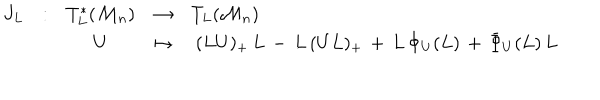
\begin{array} { l l c c l } { { J _ { L } } } & { { : } } & { { T _ { L } ^ { * } ( { \cal M } _ { n } ) } } & { { \rightarrow } } & { { T _ { L } ( { \cal M } _ { n } ) } } \\ { { } } & { { } } & { { U } } & { { \mapsto } } & { { \ ( L U ) _ { + } \, L \, - \, L \, ( U L ) _ { + } \, + \, L \, \Phi _ { U } ( L ) \, + \, \bar { \Phi } _ { U } ( L ) \, L } } \\ \end{array}